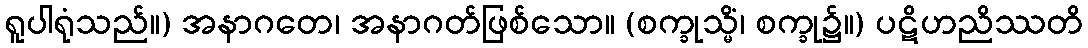
ရူပါရုံသည်။) အနာဂတေ၊ အနာဂတ်ဖြစ်သော။ (စက္ခုသ္မိံ၊ စက္ခု၌။) ပဋိဟညိဿတိ